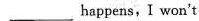
___ happens,I won't